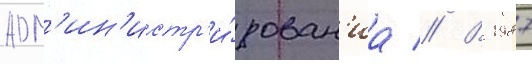
адм'ин'истр'и́рован'иа // В 1987